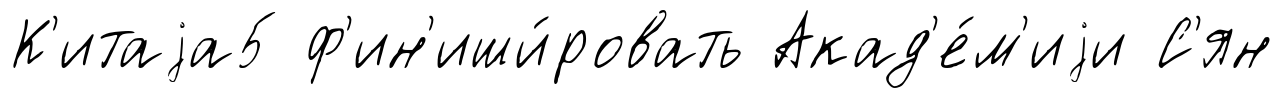
К'итаjа5 ф'ин'иши́ровать Акад'е́м'иjи С'ян